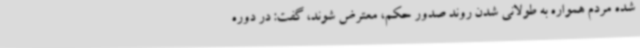
شده مردم همواره به طولانی شدن روند صدور حکم، معترض شوند، گفت: در دوره